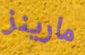
مارينز